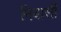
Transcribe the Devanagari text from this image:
निबासी